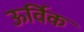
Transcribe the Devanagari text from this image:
ऊर्विक